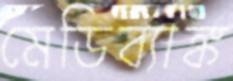
মেডিব্যাঙ্ক